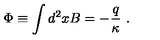
\Phi \equiv \displaystyle \int d ^ { 2 } x B = - \frac q \kappa { \ . }